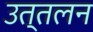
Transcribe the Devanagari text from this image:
उत्तलन